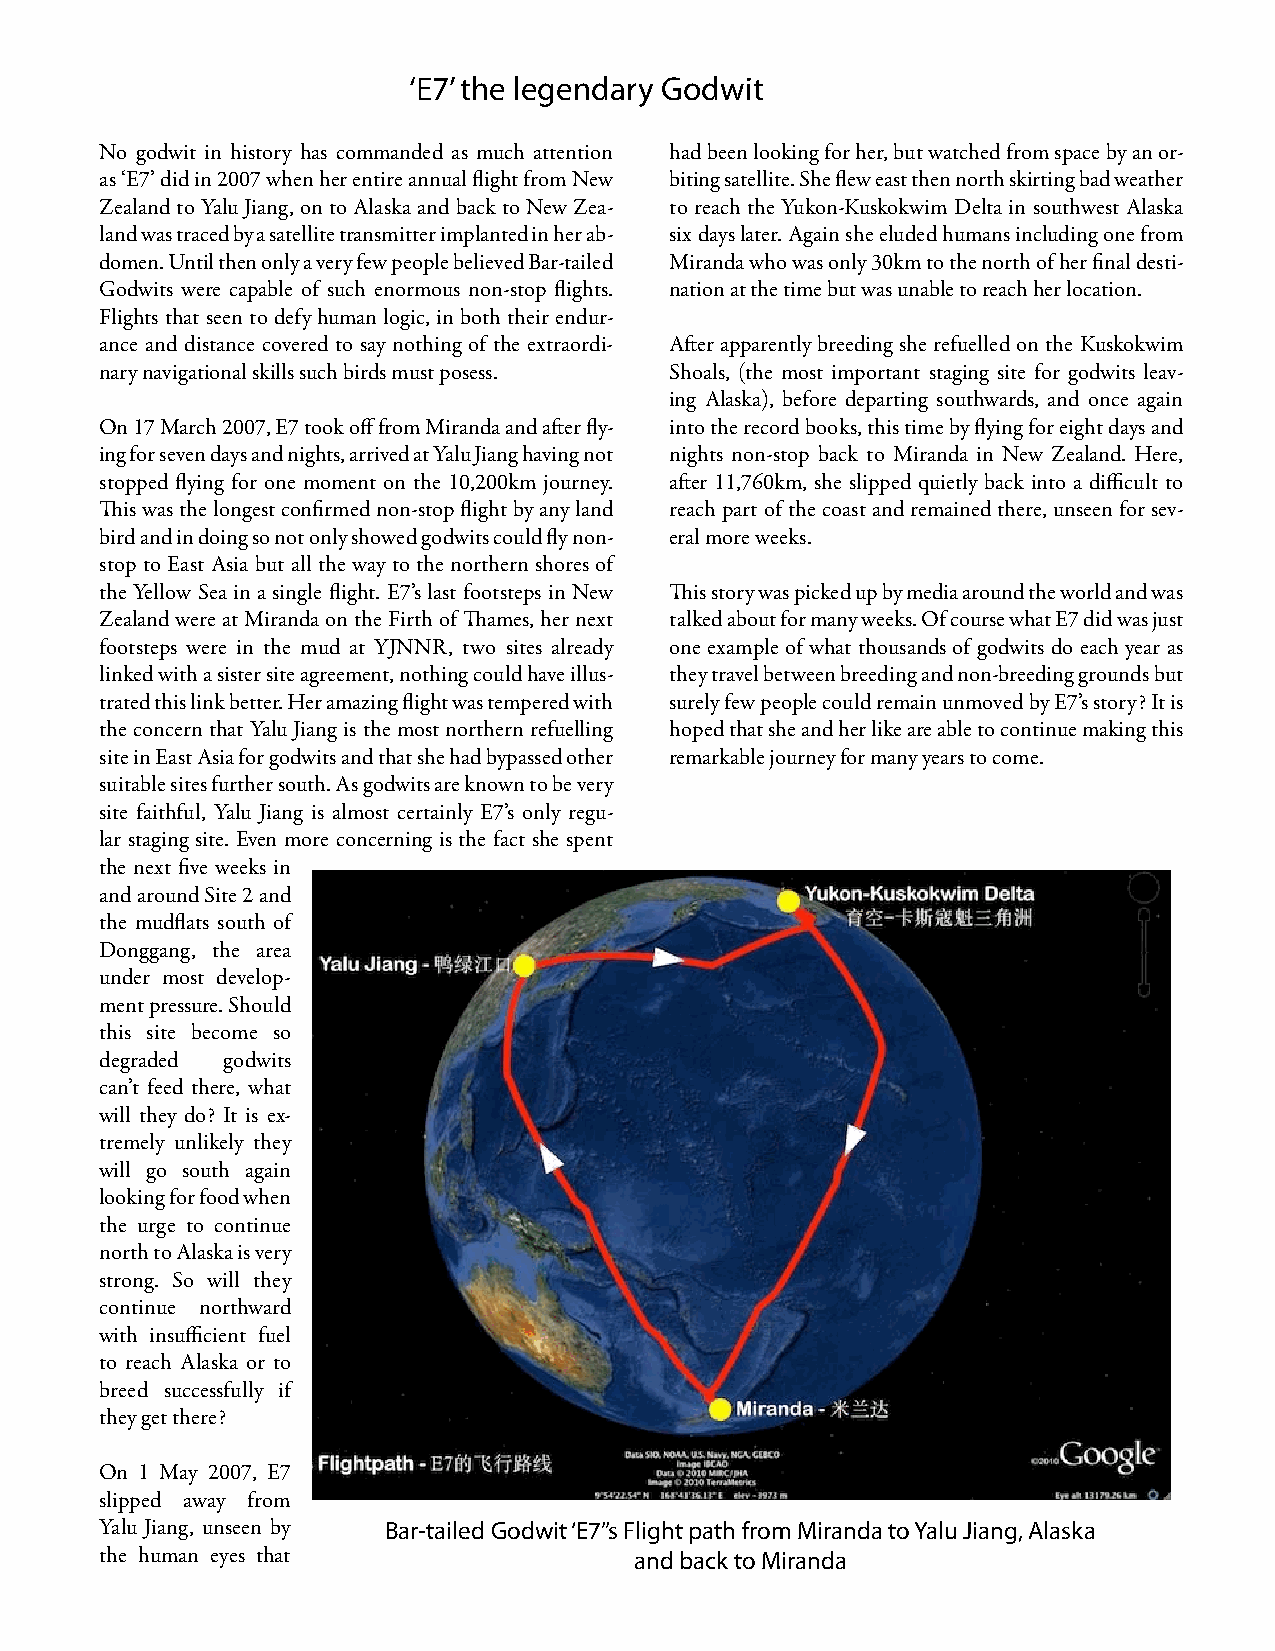
‘E7’ the legendary Godwit
 No godwit in history has commanded as much attention had been looking for her, but watched from space by an or-
 as ‘E7’ did in 2007 when her entire annual flight from New biting satellite. She flew east then north skirting bad weather
 Zealand to Yalu Jiang, on to Alaska and back to New Zea- to reach the Yukon-Kuskokwim Delta in southwest Alaska
 land was traced by a satellite transmitter implanted in her ab- six days later. Again she eluded humans including one from
 domen. Until then only a very few people believed Bar-tailed Miranda who was only 30km to the north of her final desti-
 Godwits were capable of such enormous non-stop flights. nation at the time but was unable to reach her location.
 Flights that seen to defy human logic, in both their endur-
 ance and distance covered to say nothing of the extraordi- After apparently breeding she refuelled on the Kuskokwim
 nary navigational skills such birds must posess. Shoals, (the most important staging site for godwits leav-
 ing Alaska), before departing southwards, and once again
 On 17 March 2007, E7 took off from Miranda and after fly- into the record books, this time by flying for eight days and
 ing for seven days and nights, arrived at Yalu Jiang having not nights non-stop back to Miranda in New Zealand. Here,
 stopped flying for one moment on the 10,200km journey. after 11,760km, she slipped quietly back into a difficult to
 This was the longest confirmed non-stop flight by any land reach part of the coast and remained there, unseen for sev-
 bird and in doing so not only showed godwits could fly non- eral more weeks.
 stop to East Asia but all the way to the northern shores of
 the Yellow Sea in a single flight. E7’s last footsteps in New This story was picked up by media around the world and was
 Zealand were at Miranda on the Firth of Thames, her next talked about for many weeks. Of course what E7 did was just
 footsteps were in the mud at YJNNR, two sites already one example of what thousands of godwits do each year as
 linked with a sister site agreement, nothing could have illus- they travel between breeding and non-breeding grounds but
 trated this link better. Her amazing flight was tempered with surely few people could remain unmoved by E7’s story? It is
 the concern that Yalu Jiang is the most northern refuelling hoped that she and her like are able to continue making this
 site in East Asia for godwits and that she had bypassed other remarkable journey for many years to come.
 suitable sites further south. As godwits are known to be very
 site faithful, Yalu Jiang is almost certainly E7’s only regu-
 lar staging site. Even more concerning is the fact she spent
 the next five weeks in
 and around Site 2 and
 the mudflats south of
 Donggang, the area
 under most develop-
 ment pressure. Should
 this site become so
 degraded godwits
 can’t feed there, what
 will they do? It is ex-
 tremely unlikely they
 will go south again
 looking for food when
 the urge to continue
 north to Alaska is very
 strong. So will they
 continue northward
 with insufficient fuel
 to reach Alaska or to
 breed successfully if
 they get there?
 On 1 May 2007, E7
 slipped away from
 Yalu Jiang, unseen by Bar-tailed Godwit ‘E7’’s Flight path from Miranda to Yalu Jiang, Alaska
 the human eyes that                and back to Miranda